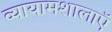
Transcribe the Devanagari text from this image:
व्यायामशालाऍ